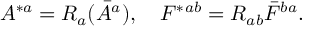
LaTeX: A ^ { * a } = R _ { a } ( \bar { A } ^ { a } ) , \quad F ^ { * } { } ^ { a b } = R _ { a b } \bar { F } ^ { b a } .